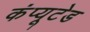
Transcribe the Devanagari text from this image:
कंप्यूटेड